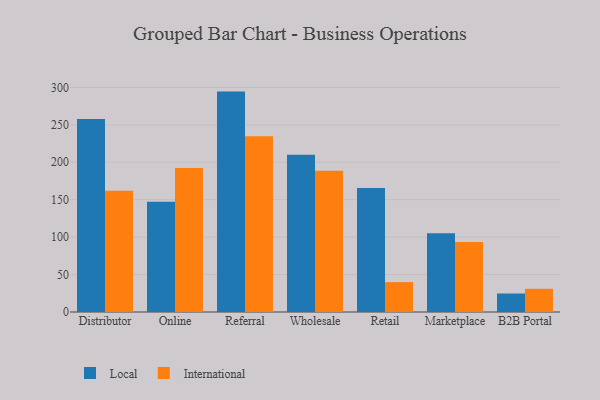
{"axis": {"x": "Channel", "y": "Latency (ms)"}, "legend": ["International", "Local"], "data": [{"x": "Distributor", "y": 257.8, "type": "Local"}, {"x": "Distributor", "y": 161.8, "type": "International"}, {"x": "Online", "y": 147.4, "type": "Local"}, {"x": "Online", "y": 192.5, "type": "International"}, {"x": "Referral", "y": 294.4, "type": "Local"}, {"x": "Referral", "y": 234.9, "type": "International"}, {"x": "Wholesale", "y": 210.1, "type": "Local"}, {"x": "Wholesale", "y": 188.6, "type": "International"}, {"x": "Retail", "y": 165.6, "type": "Local"}, {"x": "Retail", "y": 39.9, "type": "International"}, {"x": "Marketplace", "y": 105.2, "type": "Local"}, {"x": "Marketplace", "y": 93.5, "type": "International"}, {"x": "B2B Portal", "y": 24.7, "type": "Local"}, {"x": "B2B Portal", "y": 31.0, "type": "International"}]}